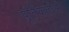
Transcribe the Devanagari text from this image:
पूर्तिकर्ताओं